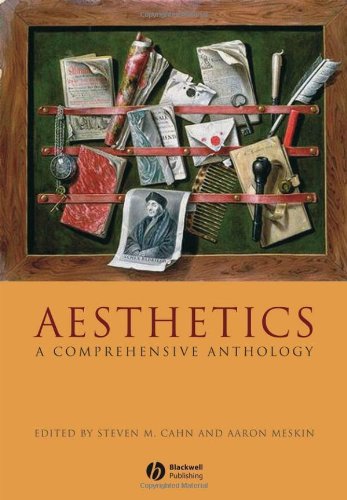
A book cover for Aesthetics: A Comprehensive Anthology; Politics & Social Sciences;